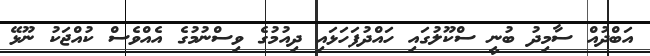
އަބްދުއް ސާމިދު ބުނީ ސްކޫލުގައި ހައްދުފަހަޅައި ދިއުމުގެ ވިސްނުމުގެ އެއްވެސް ކުއްޖަކު ނޫޅޭ